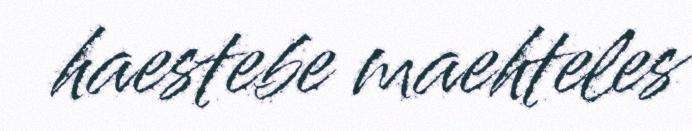
haestebe maehteles